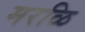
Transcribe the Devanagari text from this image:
मरळि